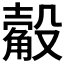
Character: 𣫅